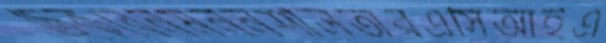
ছেঁকবেনমননশীলতারএসিআইএ